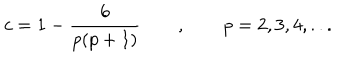
LaTeX: c = 1 - \frac { 6 } { p ( p + 1 ) } \qquad , \qquad p = 2 , 3 , 4 , . . .